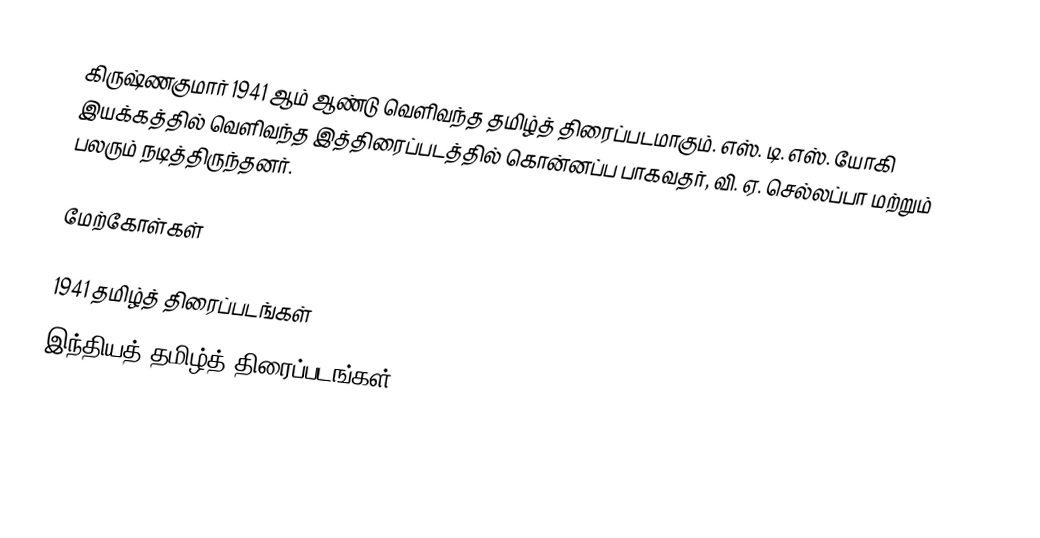
கிருஷ்ணகுமார் 1941 ஆம் ஆண்டு வெளிவந்த தமிழ்த் திரைப்படமாகும். எஸ். டி. எஸ். யோகி இயக்கத்தில் வெளிவந்த இத்திரைப்படத்தில் கொன்னப்ப பாகவதர், வி. ஏ. செல்லப்பா மற்றும் பலரும் நடித்திருந்தனர்.

மேற்கோள்கள்

1941 தமிழ்த் திரைப்படங்கள்
இந்தியத் தமிழ்த் திரைப்படங்கள்